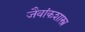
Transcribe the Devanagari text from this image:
जैवांकशास्त्र